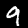
Digit: 9